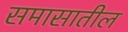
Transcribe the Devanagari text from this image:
समासातील